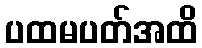
ပထမပတ်အထိ